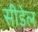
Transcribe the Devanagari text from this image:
सीडेल